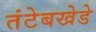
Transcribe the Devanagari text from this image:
तंटेबखेडे